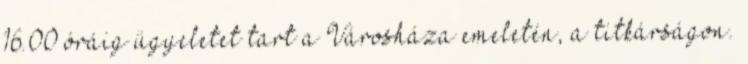
16.00 óráig ügyeletet tart a Városháza emeletén, a titkárságon.